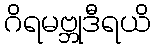
ဂိရမဗ္ဘုဒီရယိ